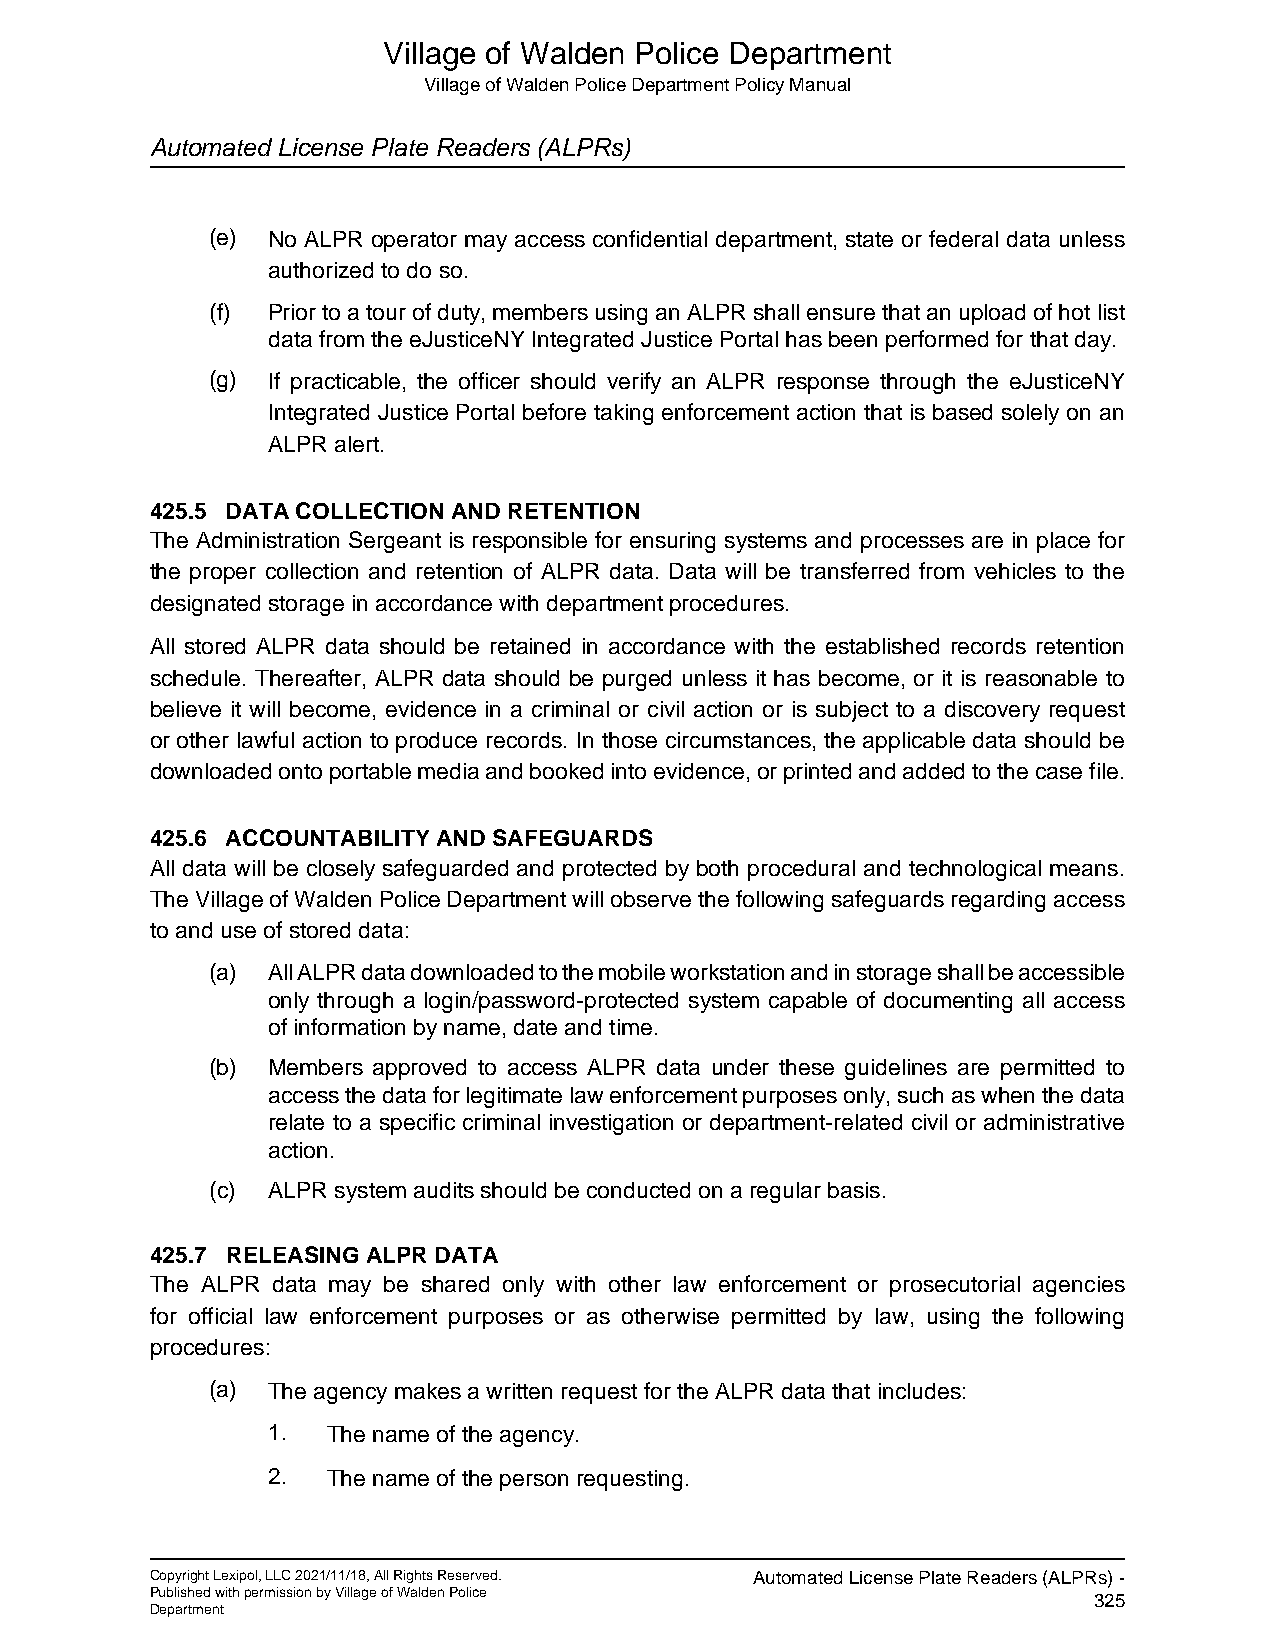
Village of Walden Police Department
 Village of Walden Police Department Policy Manual
 Automated License Plate Readers (ALPRs)
 (e) No ALPR operator may access confidential department, state or federal data unless
 authorized to do so.
 (f) Prior to a tour of duty, members using an ALPR shall ensure that an upload of hot list
 data from the eJusticeNY Integrated Justice Portal has been performed for that day.
 (g) If practicable, the officer should verify an ALPR response through the eJusticeNY
 Integrated Justice Portal before taking enforcement action that is based solely on an
 ALPR alert.
 425.5 DATA COLLECTION AND RETENTION
 The Administration Sergeant is responsible for ensuring systems and processes are in place for
 the proper collection and retention of ALPR data. Data will be transferred from vehicles to the
 designated storage in accordance with department procedures.
 All stored ALPR data should be retained in accordance with the established records retention
 schedule. Thereafter, ALPR data should be purged unless it has become, or it is reasonable to
 believe it will become, evidence in a criminal or civil action or is subject to a discovery request
 or other lawful action to produce records. In those circumstances, the applicable data should be
 downloaded onto portable media and booked into evidence, or printed and added to the case file.
 425.6 ACCOUNTABILITY AND SAFEGUARDS
 All data will be closely safeguarded and protected by both procedural and technological means.
 The Village of Walden Police Department will observe the following safeguards regarding access
 to and use of stored data:
 (a) All ALPR data downloaded to the mobile workstation and in storage shall be accessible
 only through a login/password-protected system capable of documenting all access
 of information by name, date and time.
 (b) Members approved to access ALPR data under these guidelines are permitted to
 access the data for legitimate law enforcement purposes only, such as when the data
 relate to a specific criminal investigation or department-related civil or administrative
 action.
 (c) ALPR system audits should be conducted on a regular basis.
 425.7 RELEASING ALPR DATA
 The ALPR data may be shared only with other law enforcement or prosecutorial agencies
 for official law enforcement purposes or as otherwise permitted by law, using the following
 procedures:
 (a) The agency makes a written request for the ALPR data that includes:
 1.  The name of the agency.
 2.  The name of the person requesting.
 Copyright Lexipol, LLC 2021/11/18, All Rights Reserved. Automated License Plate Readers (ALPRs) -
 Published with permission by Village of Walden Police         325
 Department